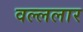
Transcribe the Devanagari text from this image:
वल्ललार